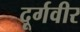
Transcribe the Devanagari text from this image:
दूर्गवीर